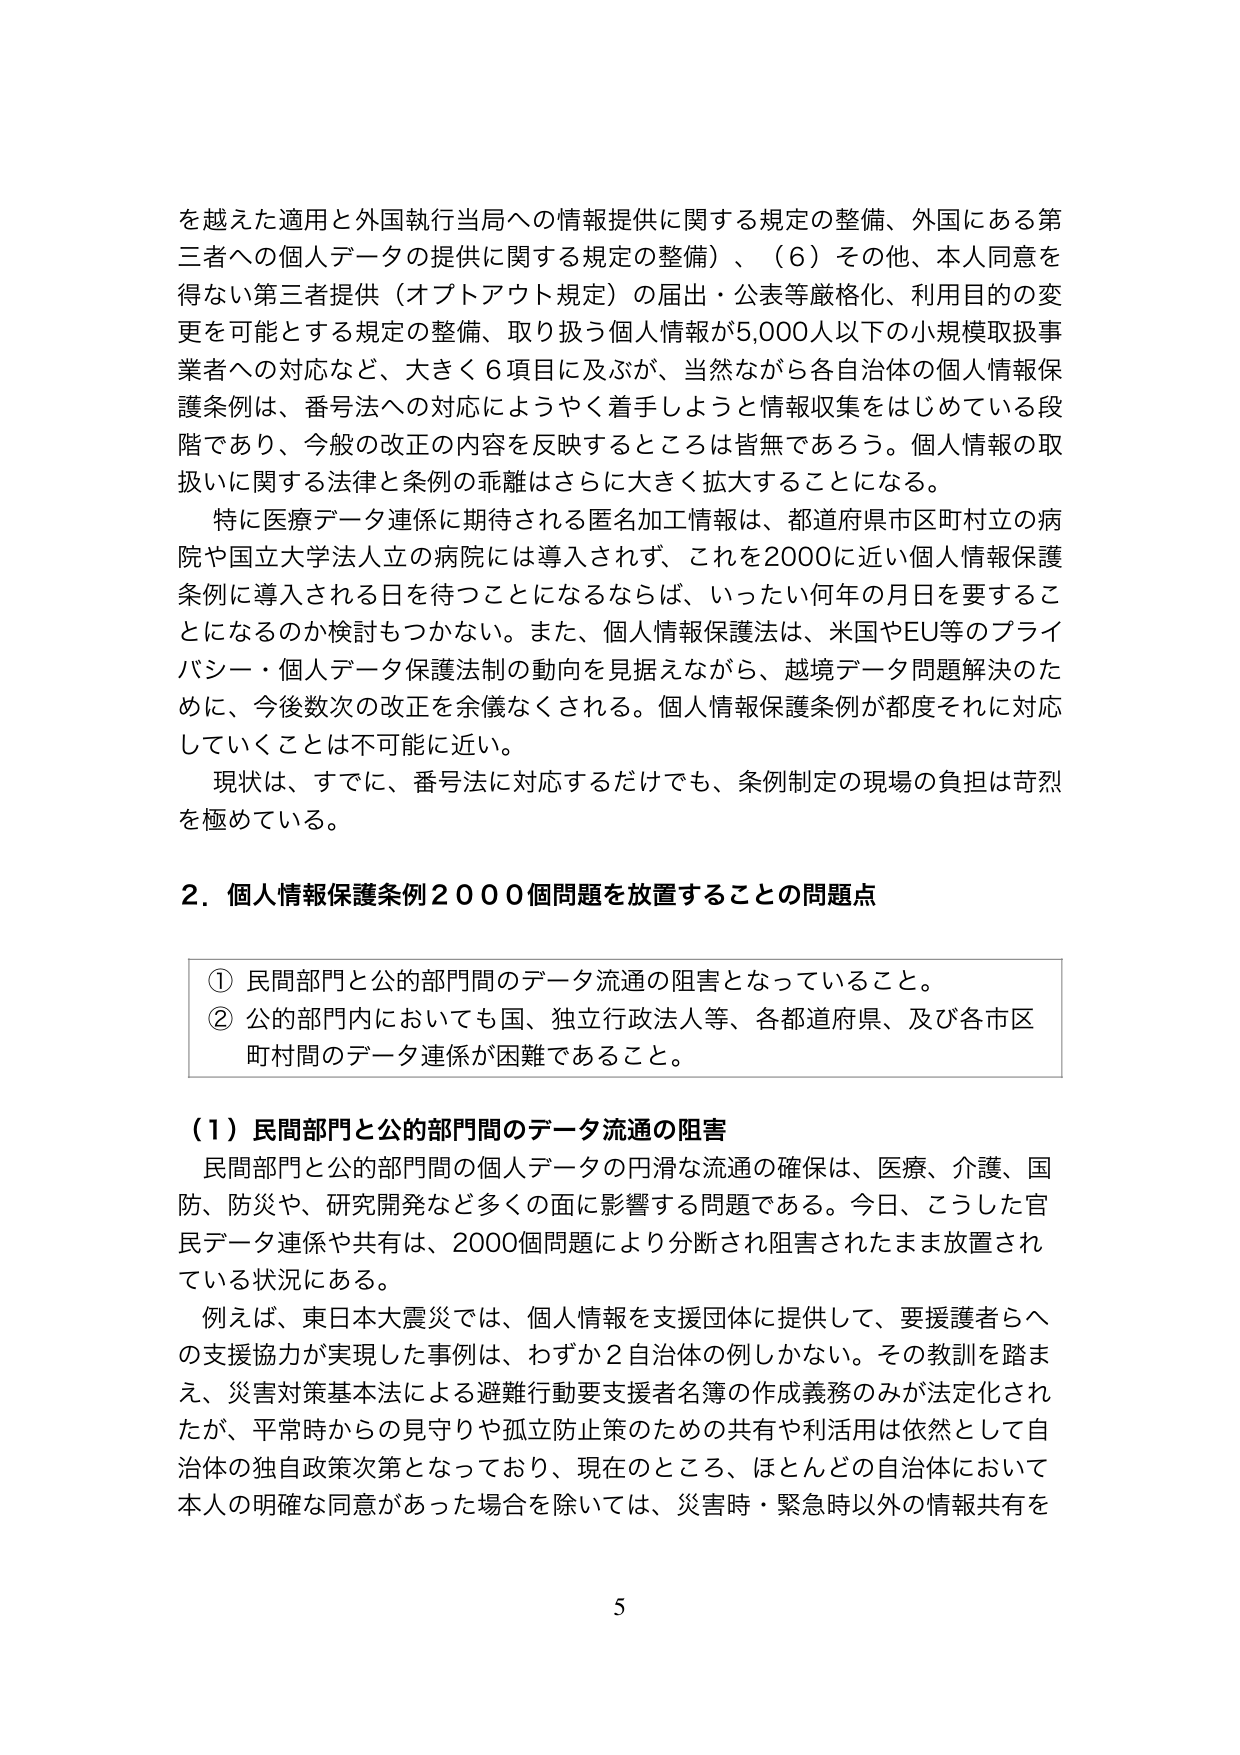
を越えた適用と外国執行当局への情報提供に関する規定の整備、外国にある第三者への個人データの提供に関する規定の整備）、（６）その他、本人同意を得ない第三者提供（オプトアウト規定）の届出・公表等厳格化、利用目的の変更を可能とする規定の整備、取り扱う個人情報が5,000人以下の小規模取扱事業者への対応など、大きく６項目に及ぶが、当然ながら各自治体の個人情報保護条例は、番号法への対応にようやく着手しようとして情報収集をはじめている段階であり、今般の改正の内容を反映するところは皆無であろう。個人情報の取扱いに関する法律と条例の乖離はさらに大きく拡大することになる。

特に医療データ連係に期待される匿名加工情報は、都道府県市区町村立の病院や国立大学法人立の病院には導入されず、これを2000に近い個人情報保護条例に導入される日を待つことになるならば、いったい何年の月日を要することになるのか検討もつかない。また、個人情報保護法は、米国やEU等のプライバシー・個人データ保護法制の動向を見据えながら、越境データ問題解決のために、今後数次の改正を余儀なくされる。個人情報保護条例が都度それに対応していくことは不可能に近い。

現状は、すでに、番号法に対応するだけでも、条例制定の現場の負担は苛烈を極めている。

２．個人情報保護条例２０００個問題を放置することの問題点

① 民間部門と公的部門間のデータ流通の阻害となっていること。
② 公的部門内においても国、独立行政法人等、各都道府県、及び各市区町村間のデータ連係が困難であること。

（１）民間部門と公的部門間のデータ流通の阻害

民間部門と公的部門間の個人データの円滑な流通の確保は、医療、介護、国防、防災や、研究開発など多くの面に影響する問題である。今日、こうした官民データ連係や共有は、2000個問題により分断され阻害されたまま放置されている状況にある。

例えば、東日本大震災では、個人情報を支援団体に提供して、要援護者らへの支援協力が実現した事例は、わずか２自治体の例しかない。その教訓を踏まえ、災害対策基本法による避難行動要支援者名簿の作成義務のみが法定化されたが、平常時からの見守りや孤立防止策のための共有や利活用は依然として自治体の独自政策次第となっており、現在のところ、ほとんどの自治体において本人の明確な同意があった場合を除いては、災害時・緊急時以外の情報共有を

5